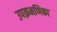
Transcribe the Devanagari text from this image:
उपक्रमणिका